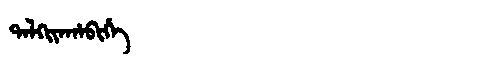
Manchu: ᡨᠠᠯᡴᡳᠶᠠᡥᠠᠪᡳᡥᡝ
Romanization: TALKIYAHABIHE